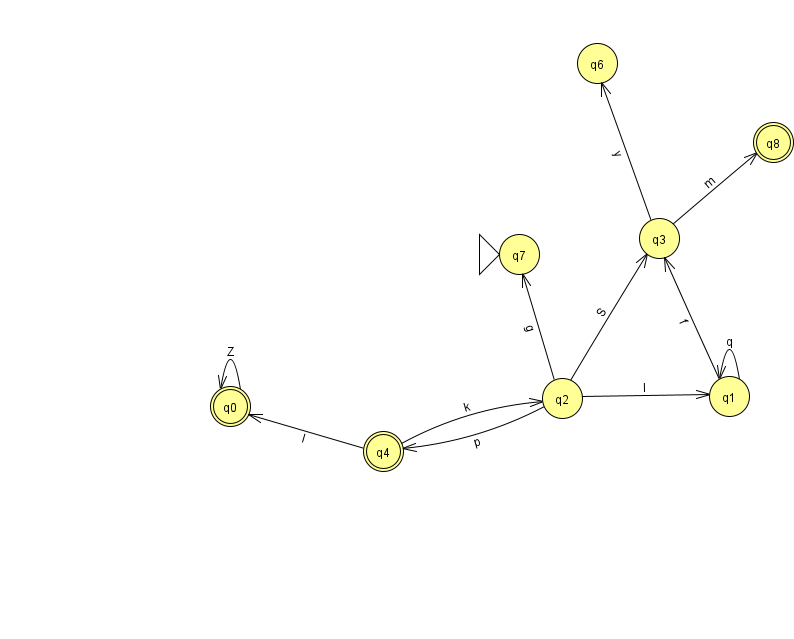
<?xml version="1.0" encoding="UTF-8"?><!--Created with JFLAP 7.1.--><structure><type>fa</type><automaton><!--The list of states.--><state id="0" name="q0"><x>230.0</x><y>393.0</y><final/></state><state id="1" name="q1"><x>729.0</x><y>383.0</y></state><state id="2" name="q2"><x>562.0</x><y>385.0</y></state><state id="3" name="q3"><x>659.0</x><y>225.0</y></state><state id="4" name="q4"><x>383.0</x><y>438.0</y><final/></state><state id="6" name="q6"><x>597.0</x><y>50.0</y></state><state id="7" name="q7"><x>519.0</x><y>241.0</y><initial/></state><state id="8" name="q8"><x>773.0</x><y>129.0</y><final/></state><!--The list of transitions.--><transition><from>1</from><to>1</to><read>q</read></transition><transition><from>2</from><to>7</to><read>g</read></transition><transition><from>3</from><to>8</to><read>m</read></transition><transition><from>3</from><to>6</to><read>y</read></transition><transition><from>4</from><to>0</to><read>l</read></transition><transition><from>4</from><to>2</to><read>k</read></transition><transition><from>2</from><to>3</to><read>S</read></transition><transition><from>0</from><to>0</to><read>Z</read></transition><transition><from>2</from><to>1</to><read>l</read></transition><transition><from>1</from><to>3</to><read>f</read></transition><transition><from>2</from><to>4</to><read>p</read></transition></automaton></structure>